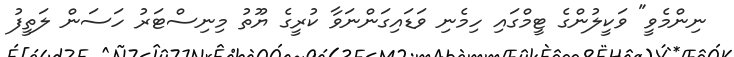
ނިންމެވީ" ވަކީލުންގެ ޓީމްގައި ހިމެނި ވަޑައިގަންނަވާ ކުރީގެ ޔޫތު މިނިސްޓަރު ހަަސަން ލަތީފު